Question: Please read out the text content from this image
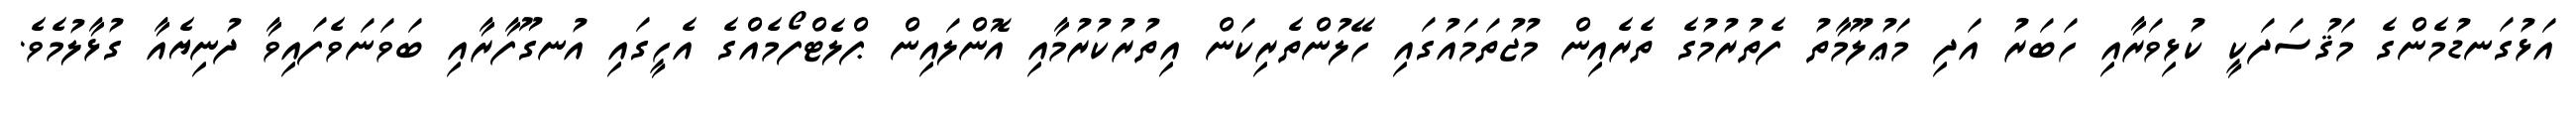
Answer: އަޅުގަނޑުމެންގެ މަޤުސަދަކީ ކުޅިވަރާއި ހަބަރު އަދި މަޢުލޫމާތު ފެތުރުމުގެ ތެރެއިން މުޖުތަމައުގައި ހޭލުންތެރިކަން އިތުރުކުރުމާއި އޮންލައިން ޕްލެޓްފޯމެއްގެ އެހީގައި އުނގޫފާރާއި ބަވަނަވެފައިވާ ދުނިޔެއާ ގުޅާލުމެވެ.